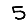
Digit: 5